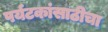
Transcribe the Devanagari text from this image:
पर्यटकांसाठीचा